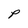
Character: P